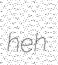
heh